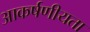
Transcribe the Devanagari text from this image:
आकर्षणीयता